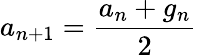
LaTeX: a_{n+1}={\frac{a_{n}+g_{n}}{2}}